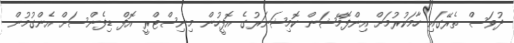
ދުވަސް ތެރޭގައި ހާމަކުރުމަށް އިންފޮމޭޝަން ކޮމިޝަނަރުގެ އޮފީހުން މިނިސްޓްރީ އޮފް ޑިފެންސަށް އެންގުމުން